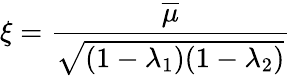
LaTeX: \xi=\frac{\overline{{{\mu}}}}{\sqrt{(1-\lambda_{1})(1-\lambda_{2})}}